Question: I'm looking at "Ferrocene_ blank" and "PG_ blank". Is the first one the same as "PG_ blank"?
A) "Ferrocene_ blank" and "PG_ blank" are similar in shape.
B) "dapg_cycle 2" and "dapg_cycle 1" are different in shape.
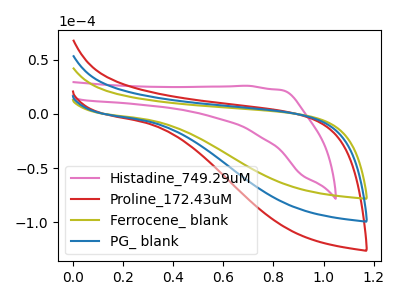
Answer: <think>The pink curve "Histadine_749.29uM" has no peaks. The red curve "Proline_172.43uM" has no peaks. The olive curve "Ferrocene_ blank" has no peaks. The blue curve "PG_ blank" has no peaks.
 Neither "Ferrocene_ blank" or "PG_ blank" have any peaks.</think>
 <answer>A) "Ferrocene_ blank" and "PG_ blank" are similar in shape.</answer>
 <eval>A</eval>